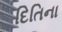
દિતિના